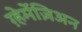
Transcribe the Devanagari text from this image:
ग़्हेर्मेज़िअन